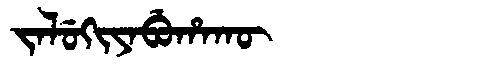
Manchu: ᠵᠠᠯᡠᡴᡳᠶᠠᠪᡠᡥᠠᡴᡡ
Romanization: JALUKIYABUHAKŪ